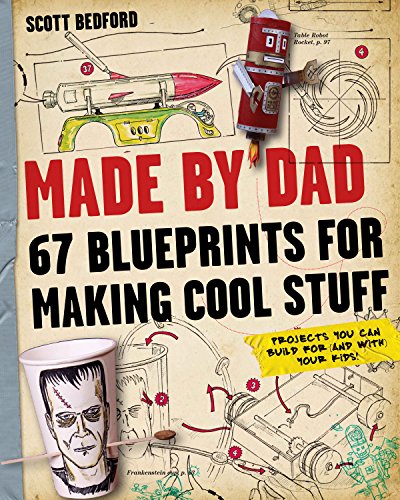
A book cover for Made by Dad: 67 Blueprints for Making Cool Stuff; Scott Bedford; Parenting & Relationships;